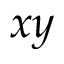
x y